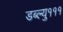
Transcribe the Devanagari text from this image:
डब्ल्यु१११